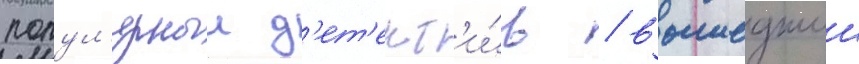
попул'ярныи д'ет'ект'и́в / вышедшии